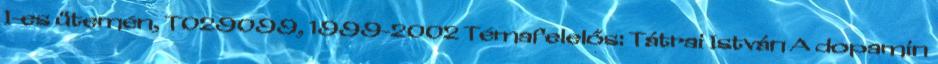
I-es ütemén, T029099, 1999-2002 Témafelelős: Tátrai István A dopamin